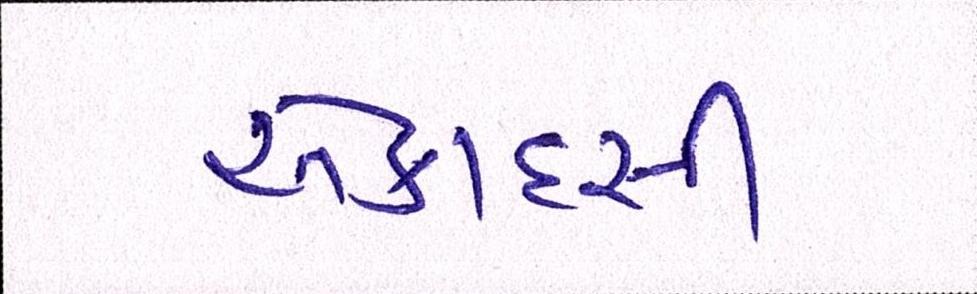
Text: એકાદસી